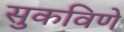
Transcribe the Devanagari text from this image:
सुकविणे